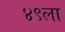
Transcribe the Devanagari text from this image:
४९ला